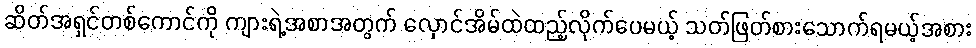
ဆိတ်အရှင်တစ်ကောင်ကို ကျားရဲ့အစာအတွက် လှောင်အိမ်ထဲထည့်လိုက်ပေမယ့် သတ်ဖြတ်စားသောက်ရမယ့်အစား